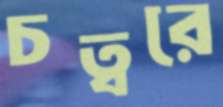
চত্বরে